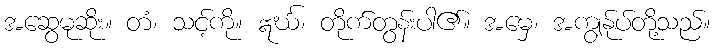
အဆွေမုဆိုး။ တံ၊ သင့်ကို။ ဣင်္ဃ၊ တိုက်တွန်းပါ၏။ အမှေ၊ အကျွန်ုပ်တို့သည်။